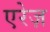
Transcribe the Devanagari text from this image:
एरेज़